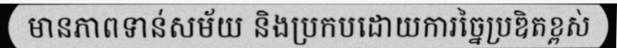
មានភាពទាន់សម័យ និងប្រកបដោយការច្នៃប្រឌិតខ្ពស់